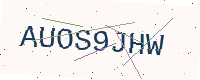
Text: AUOS9JHW